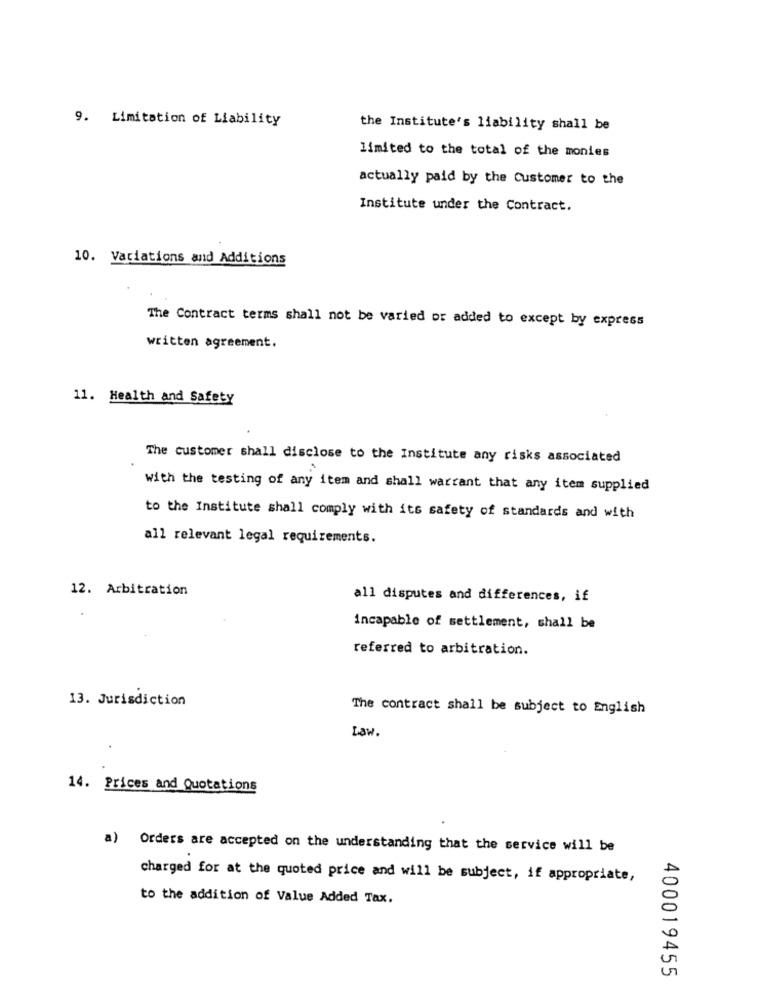
9. Limitation of Liability
the Institute's liability shall be
limited to the total of the monies
actually paid by the Customer to the
Institute under the Contract.
10. Variations and Additions
The Contract terms shall not be varied or added to except by express
written agreement.
11. Health and Safety
The customer shall disclose to the Institute any risks associated
with the testing of any item and shall warrant that any item supplied
to the Institute shall comply with its safety of standards and with
all relevant legal requirements.
12. Arbitration
all disputes and differences, if
incapable of settlement, shall be
referred to arbitration.
13. Jurisdiction
The contract shall be subject to English
Law.
14. Prices and Quotations
a) Orders are accepted on the understanding that the service will be
charged for at the quoted price and will be subject, if appropriate,
to the addition of Value Added Tax.
400019455